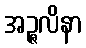
အဉ္ဇလိနာ